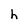
Character: h